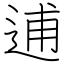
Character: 逋